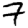
Digit: 7